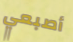
أصبعي